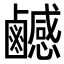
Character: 𪊄